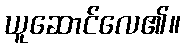
ယူဆောင်လေ၏။